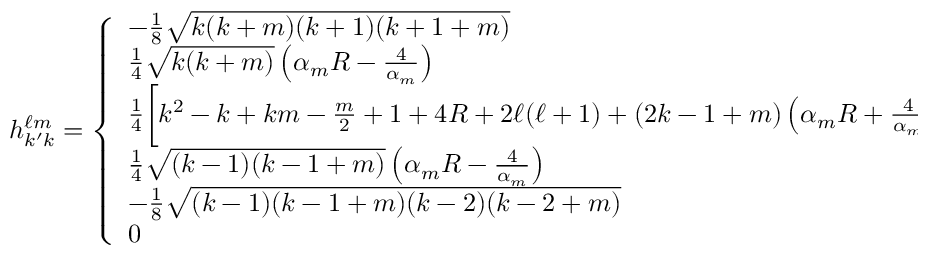
h _ { k ^ { \prime } k } ^ { \ell m } = \left\{ \begin{array} { l l } { - \frac { 1 } { 8 } \sqrt { k ( k + m ) ( k + 1 ) ( k + 1 + m ) } } & { k ^ { \prime } = k + 2 , } \\ { \frac { 1 } { 4 } \sqrt { k ( k + m ) } \left( \alpha _ { m } R - \frac { 4 } { \alpha _ { m } } \right) } & { k ^ { \prime } = k + 1 , } \\ { \frac { 1 } { 4 } \bigg [ k ^ { 2 } - k + k m - \frac { m } { 2 } + 1 + 4 R + 2 \ell ( \ell + 1 ) + ( 2 k - 1 + m ) \left( \alpha _ { m } R + \frac { 4 } { \alpha _ { m } } \right) \bigg ] } & { k ^ { \prime } = k , } \\ { \frac { 1 } { 4 } \sqrt { ( k - 1 ) ( k - 1 + m ) } \left( \alpha _ { m } R - \frac { 4 } { \alpha _ { m } } \right) } & { k ^ { \prime } = k - 1 , } \\ { - \frac { 1 } { 8 } \sqrt { ( k - 1 ) ( k - 1 + m ) ( k - 2 ) ( k - 2 + m ) } } & { k ^ { \prime } = k - 2 , } \\ { 0 } & { o t h e r w i s e , } \end{array} \right.